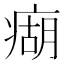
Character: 㾰